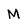
Character: M